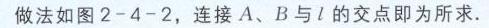
做法如图2 - 4 - 2，连接\(A、B\)与\(l\)的交点即为所求.